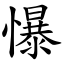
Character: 懪